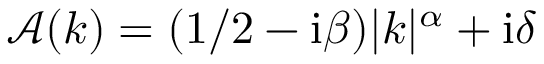
\mathcal { A } ( k ) = ( 1 / 2 - \mathrm { i } \beta ) \lvert k \rvert ^ { \alpha } + \mathrm { i } \delta